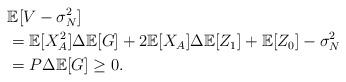
LaTeX: \begin{align*}&\mathbb{E}[V-\sigma^2_N] \\&= \mathbb{E}[X_A^2] \Delta \mathbb{E}[G] + 2 \mathbb{E}[X_A] \Delta \mathbb{E}[Z_1] + \mathbb{E}[Z_0] - \sigma^2_N \\&= P \Delta \mathbb{E}[G] \geq 0.\end{align*}